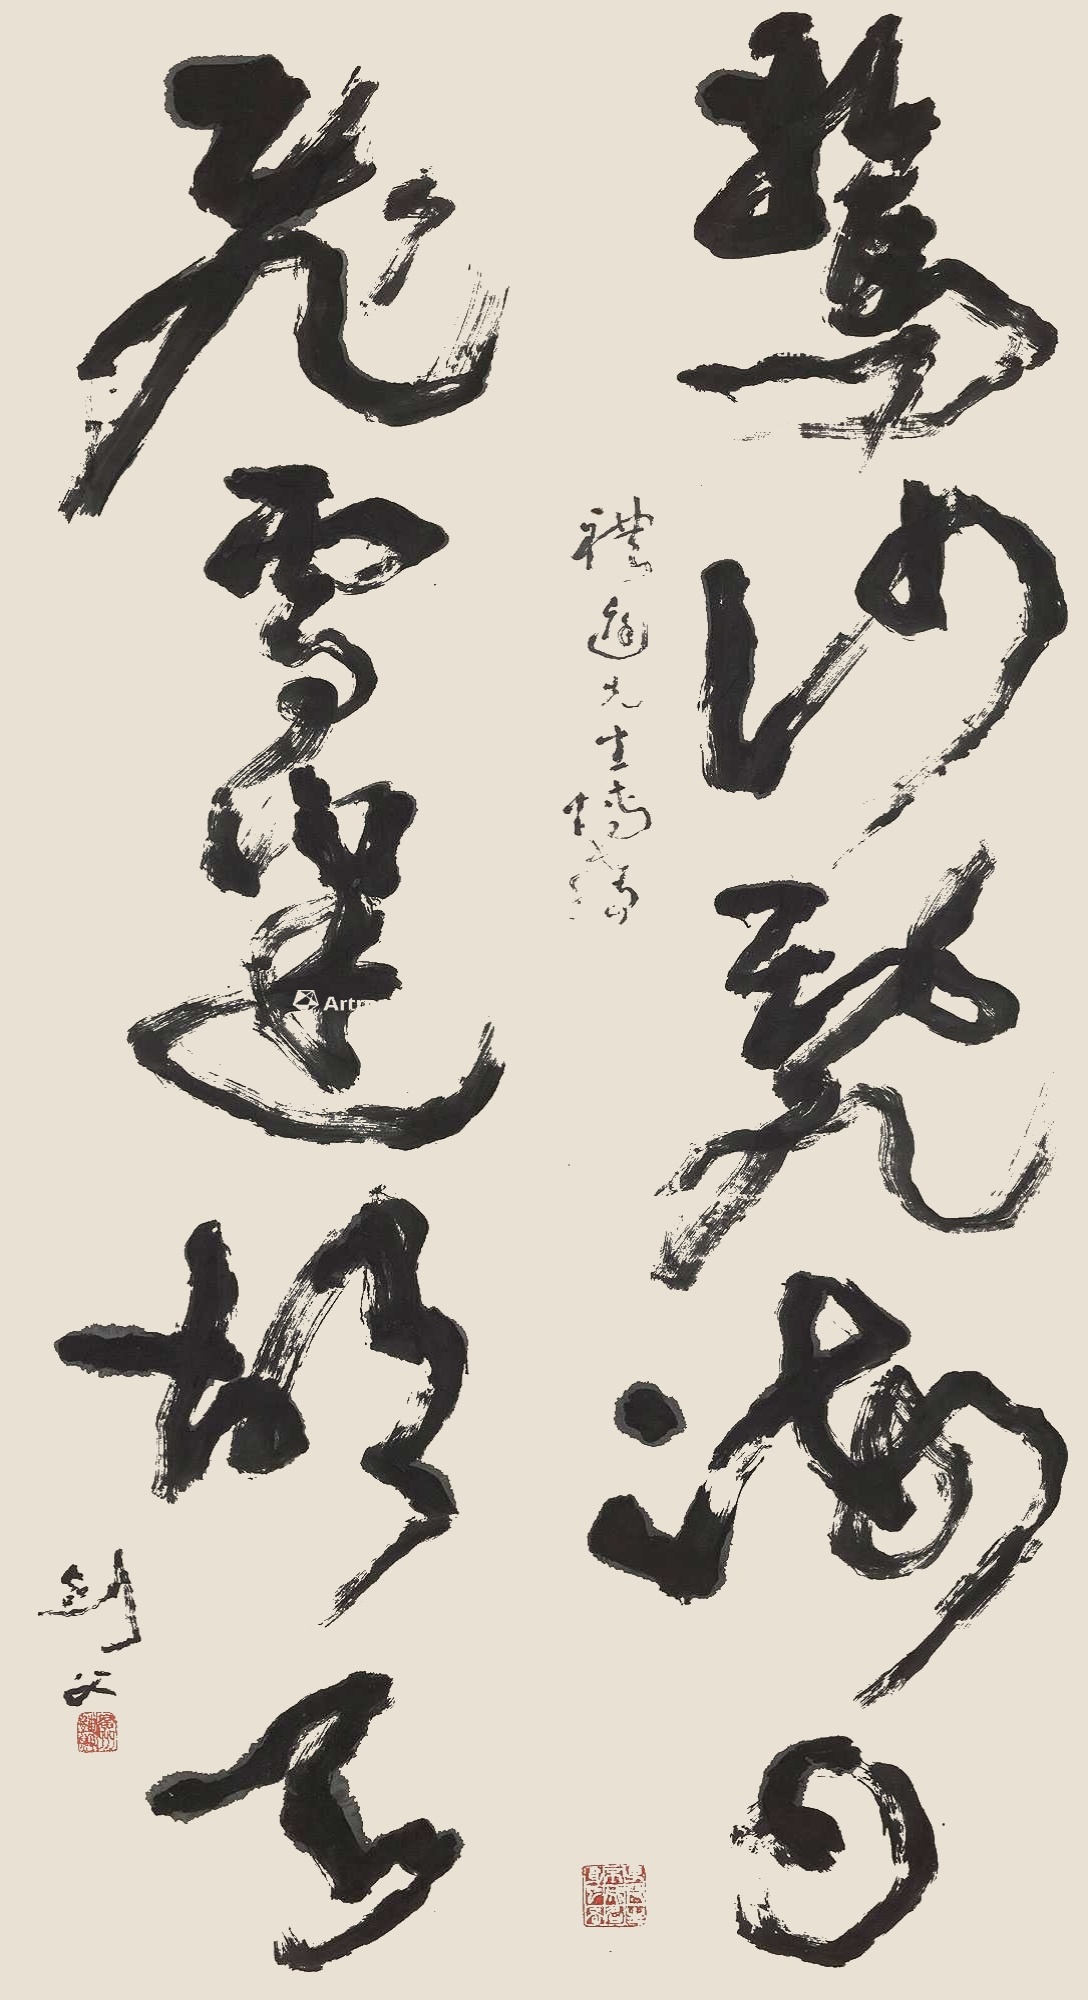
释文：惊沙乱海日，飞雪迷胡天礼庭先生博教，剑父。